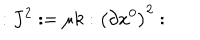
: J ^ { 2 } : = \mu k : \left( \partial x ^ { 0 } \right) ^ { 2 } :